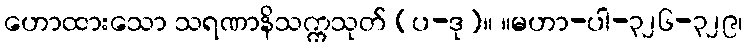
ဟောထားသော သရဏာနိသက္ကသုတ် (ပ-ဒု)။ ။မဟာ-ပါ-၃၂၆-၃၂၉၊